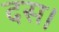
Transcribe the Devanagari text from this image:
दस।